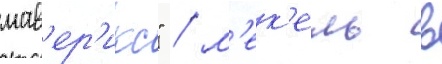
мав'ер'икс" / м'ек'ель в